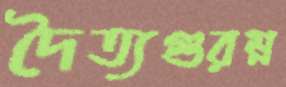
দৈত্যগুরম্ন